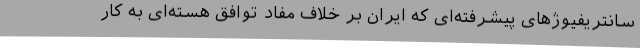
سانتریفیوژهای پیشرفته‌ای که ایران بر خلاف مفاد توافق هسته‌ای به کار